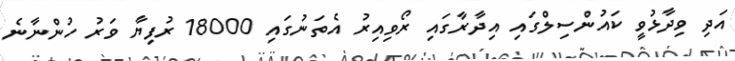
އަދި ވިދާޅުވީ ކައުންސިލްގައި އިދާރާގައި ރޯވިއިރު އެތަނުގައި 18000 ރުފިޔާ ވަރު ހުންނާނެ